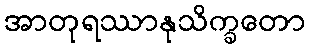
အာတုရဿာနုသိက္ခတော